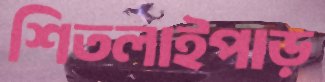
শিতলাইপাড়